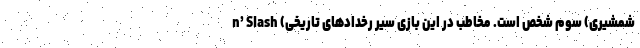
n’ Slash (شمشیری) سوم شخص است. مخاطب در این بازی سیر رخدادهای تاریخی